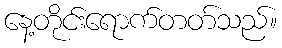
နေ့တိုင်းရောက်တတ်သည်။